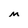
Character: M